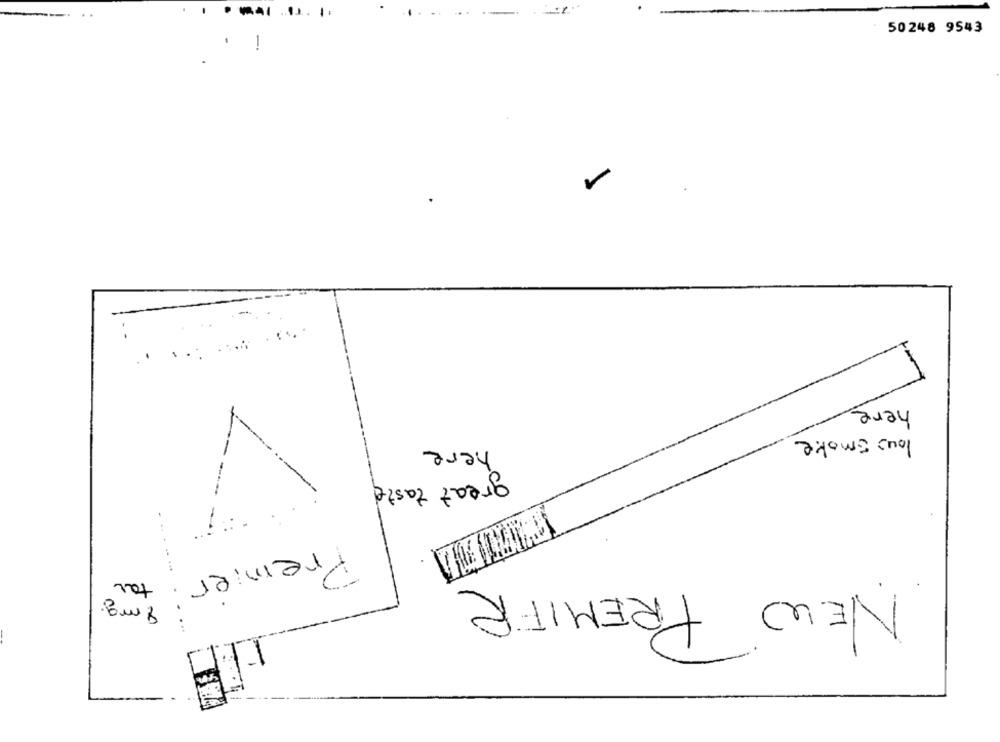
50248 9543
-
here
V
low smoke
here
great taste
Premier
tar
NEW PREMIFE
8 mg.